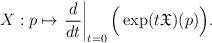
LaTeX: \begin{align*}X:p\mapsto \left.\frac{d}{dt}\right\vert_{t=0}\Big(\exp(t\frak{X})(p)\Big).\end{align*}